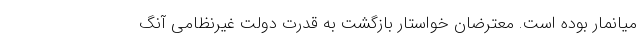
میانمار بوده است. معترضان خواستار بازگشت به قدرت دولت غیرنظامی آنگ